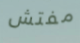
مفتش